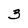
Character: 3